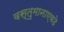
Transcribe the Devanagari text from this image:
वस्तुमानाएवढे